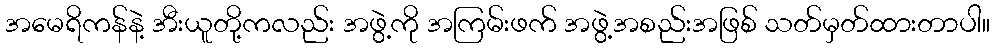
အမေရိကန်နဲ့ အီးယူတို့ကလည်း အဖွဲ့ကို အကြမ်းဖက် အဖွဲ့အစည်းအဖြစ် သတ်မှတ်ထားတာပါ။